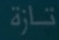
تازة